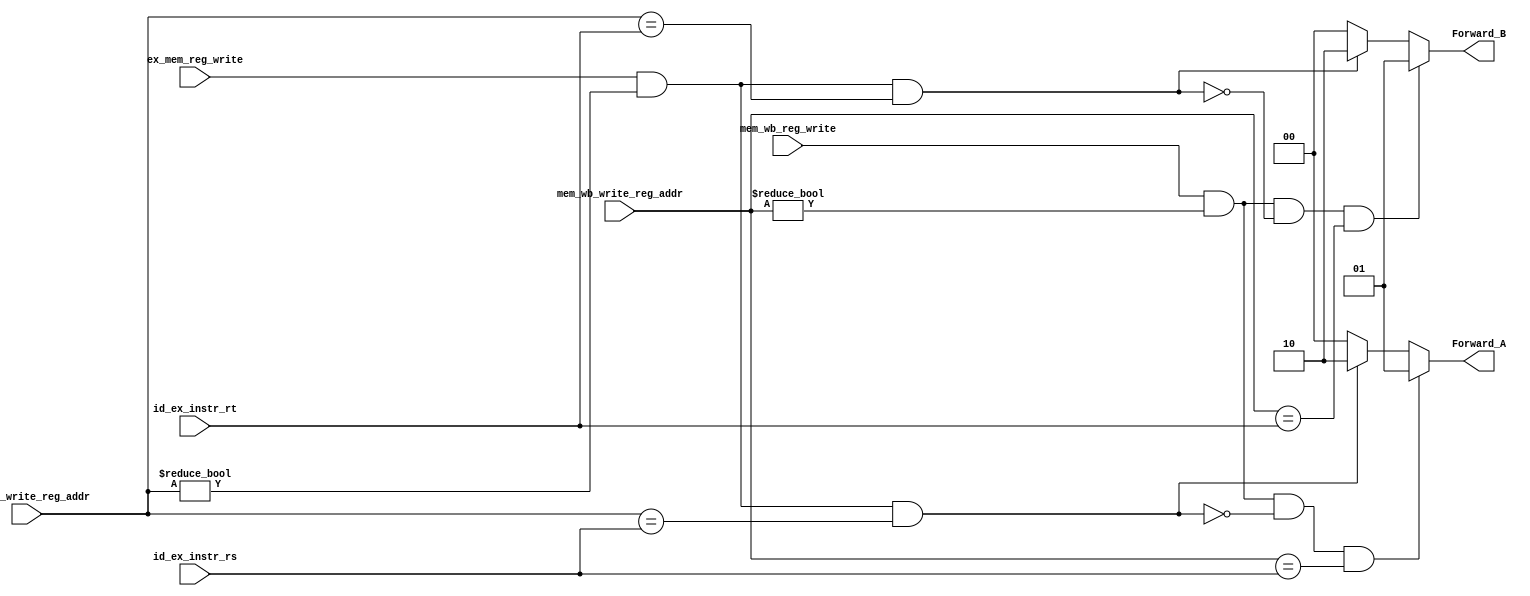
`timescale 1ns / 1ps


module EX_Forwarding_unit(
    input ex_mem_reg_write,
    input [4:0] ex_mem_write_reg_addr,
    input [4:0] id_ex_instr_rs,
    input [4:0] id_ex_instr_rt,
    input mem_wb_reg_write,
    input [4:0] mem_wb_write_reg_addr,
    output reg [1:0] Forward_A,
    output reg [1:0] Forward_B
    );
    
    always @(*)  
    begin
	// Write your code here that calculates the values of Forward_A and Forward_B
	
	   Forward_A <= 2'b00;
	   Forward_B <= 2'b00;
	   
	   if (ex_mem_reg_write & (ex_mem_write_reg_addr != 0) &
	    (ex_mem_write_reg_addr == id_ex_instr_rs)) 
	    
	       Forward_A <= 2'b10;
	       
	   if (ex_mem_reg_write & (ex_mem_write_reg_addr != 0) & 
	   (ex_mem_write_reg_addr == id_ex_instr_rt))
	   
	       Forward_B <= 2'b10;
	       
	   if (mem_wb_reg_write & (mem_wb_write_reg_addr != 0) & 
	   ~(ex_mem_reg_write & (ex_mem_write_reg_addr != 0) & 
	   (ex_mem_write_reg_addr == id_ex_instr_rs)) & (mem_wb_write_reg_addr == id_ex_instr_rs))
	   
	       Forward_A <= 2'b01;
	       
	   if (mem_wb_reg_write & (mem_wb_write_reg_addr != 0) &
	   ~(ex_mem_reg_write & (ex_mem_write_reg_addr != 0) & 
	   (ex_mem_write_reg_addr == id_ex_instr_rt)) & (mem_wb_write_reg_addr == id_ex_instr_rt))
	   
	       Forward_B <= 2'b01;

    end 

endmodule